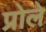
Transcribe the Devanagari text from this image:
प्रोले